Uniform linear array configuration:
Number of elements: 32
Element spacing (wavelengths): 0.75
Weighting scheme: blackman
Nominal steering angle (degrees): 60
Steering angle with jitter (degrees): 60.569
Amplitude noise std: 0.05
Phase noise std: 0.05

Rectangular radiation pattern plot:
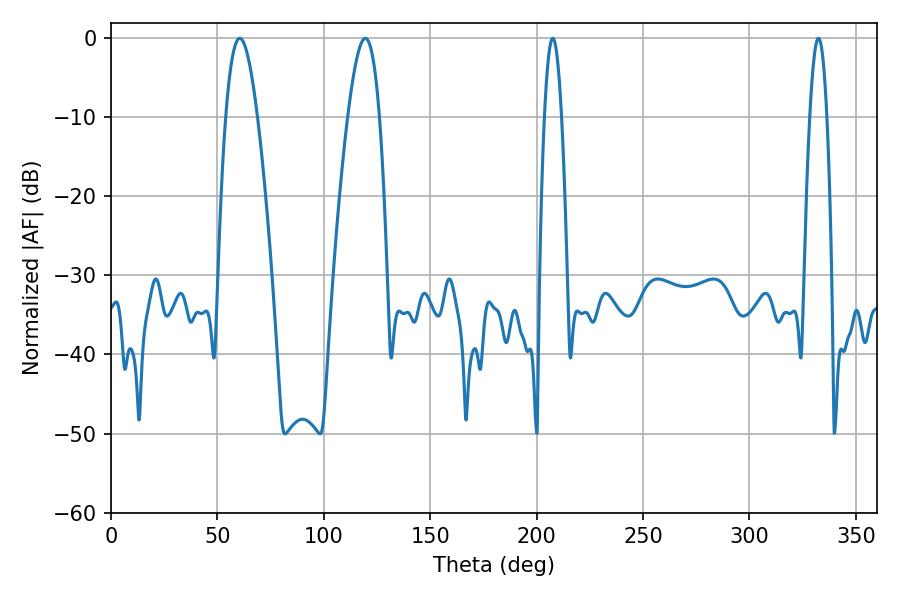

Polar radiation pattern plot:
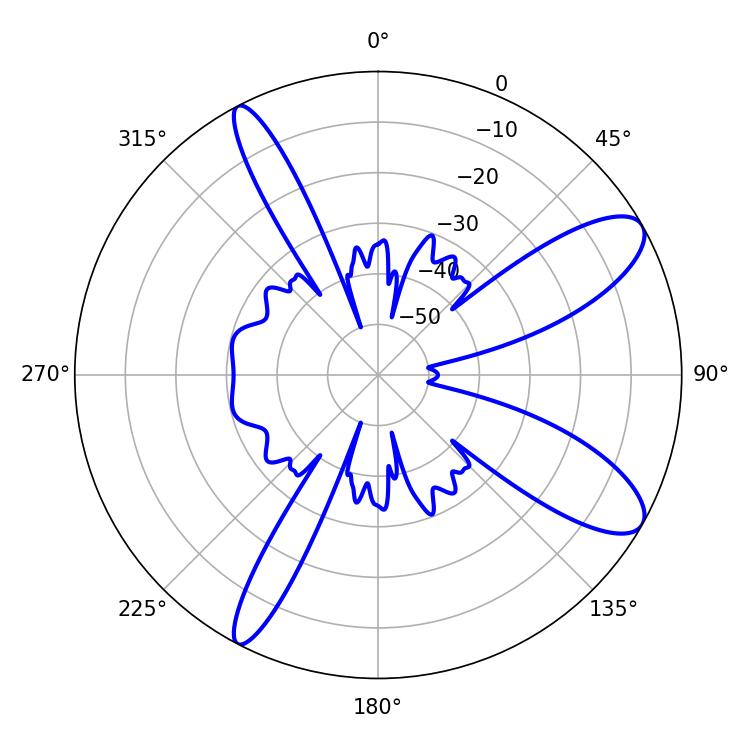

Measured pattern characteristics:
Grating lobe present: TRUE
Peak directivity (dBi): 10.242
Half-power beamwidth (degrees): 8.1
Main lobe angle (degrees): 60.48